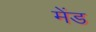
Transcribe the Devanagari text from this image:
मेंड